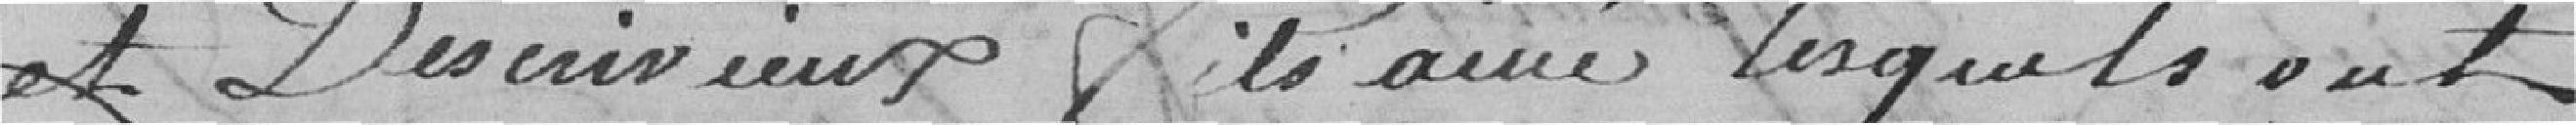
et Descrivieux fils aîné lesquels ont